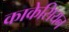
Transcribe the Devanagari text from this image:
काकेसियन